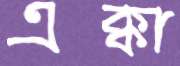
এক্কা